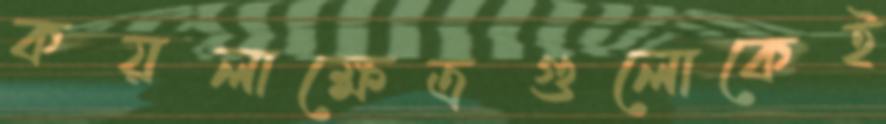
কয়লাক্ষেত্রগুলোকেই